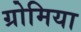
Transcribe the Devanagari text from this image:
ग्रोमिया